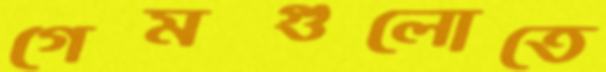
গেমগুলোতে